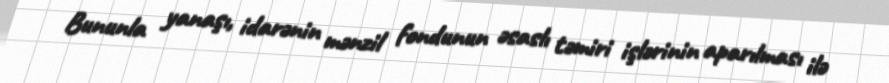
Bununla yanaşı, idarənin mənzil fondunun əsaslı təmiri işlərinin aparılması ilə